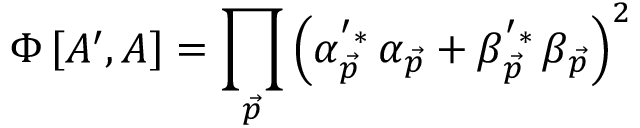
\Phi \left[ A ^ { \prime } , A \right] = \prod _ { \vec { p } } \left( \alpha _ { \vec { p } } ^ { ^ { \prime } * } \, \alpha _ { \vec { p } } + \beta _ { \vec { p } } ^ { ^ { \prime } * } \, \beta _ { \vec { p } } \right) ^ { 2 }